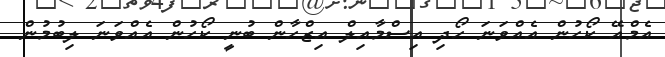
އެމްއޭ ކޯހުން އެއްވަނަ ހޯދި އިސްމާއިލް އިޒްހާން ބުނީ ކޯހުން އެއްވަނަ ލިބުމުން